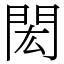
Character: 閎